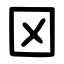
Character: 龱